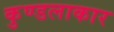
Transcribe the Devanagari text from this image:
कुण्डलाकार